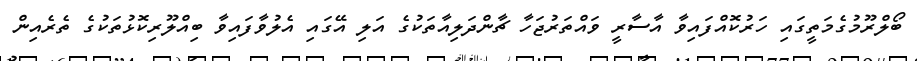
ބޯލްރޫމުގެމަތީގައި ހަރުކޮއްފައިވާ އާސާރީ ވައްތަރުޖަހާ ޗާންދަލިއާތަކުގެ އަލި އޭގައި އެލުވާފައިވާ ބިއްލޫރިކޮޅުތަކުގެ ތެރެއިން